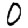
Digit: 0